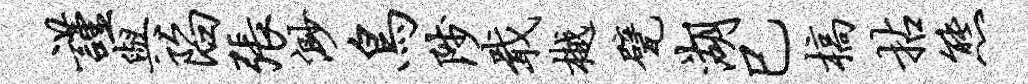
谨与陷张渺鸟陟戢樾甓湖巳槁拈熊